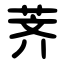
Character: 荠